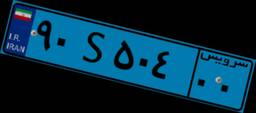
۱۴S۴۸۹۸۷